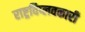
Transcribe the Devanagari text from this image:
राष्ट्रविप्लवकारी